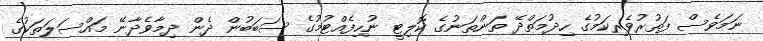
ނަމަވެސް ފަތުރުވެރިކަމުގެ ހިދުމަތްދޭ ތަންތަނުގެ ކޮލިޓީ ނުހިފެއްޓުމުގެ ސަބަބުން ދެން ދިމާވެދާނޭ މައްސަލަތަކުގެ